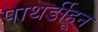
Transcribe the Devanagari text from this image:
पाथर्डीहून